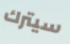
سيترك